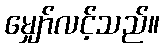
မျှော်လင့်သည်။